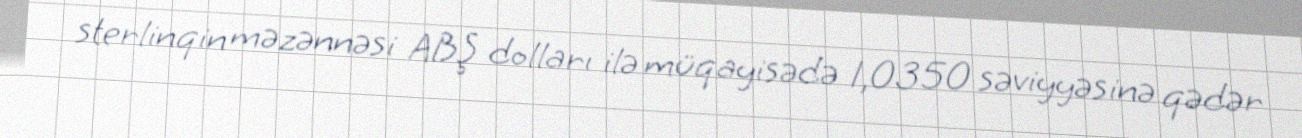
sterlinqin məzənnəsi ABŞ dolları ilə müqayisədə 1,0350 səviyyəsinə qədər